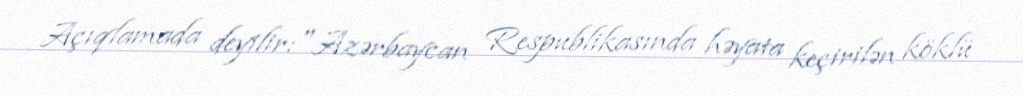
Açıqlamada deyilir:"Azərbaycan Respublikasında həyata keçirilən köklü